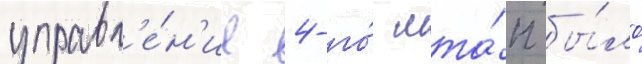
управл'е́н'ие 4-го́ мта́п бы́ло